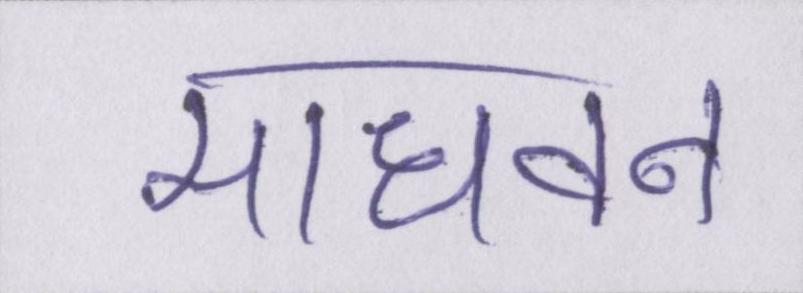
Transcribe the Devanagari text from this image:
माधवन